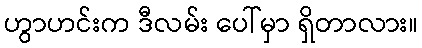
ဟွာဟင်းက ဒီလမ်း ပေါ်မှာ ရှိတာလား။